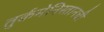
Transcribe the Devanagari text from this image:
तुर्कमेनिस्तानची